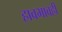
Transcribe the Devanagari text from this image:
हावभावही